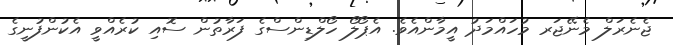
ޖެނެރަލް މެނޭޖަރ މުހައްމަދު އީމާންއެވެ. އެޕޯލޯ ހޯލްޑިންސްގެ ފަރާތުން ސޮއި ކުރެއްވީ އެކުންފުނީގެ